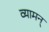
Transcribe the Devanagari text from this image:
व्यामन्